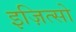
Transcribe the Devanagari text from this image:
इज़ित्सो